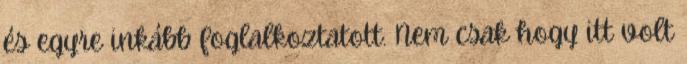
és egyre inkább foglalkoztatott. Nem csak hogy itt volt